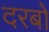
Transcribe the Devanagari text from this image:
दरबों